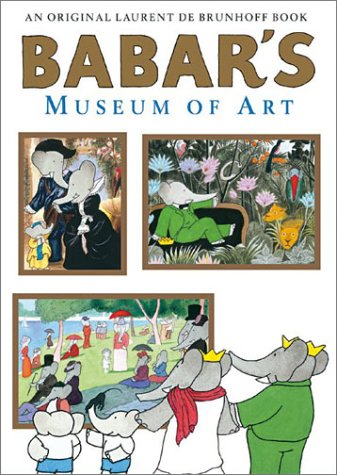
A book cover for Babar's Museum of Art; Laurent De Brunhoff; Children's Books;